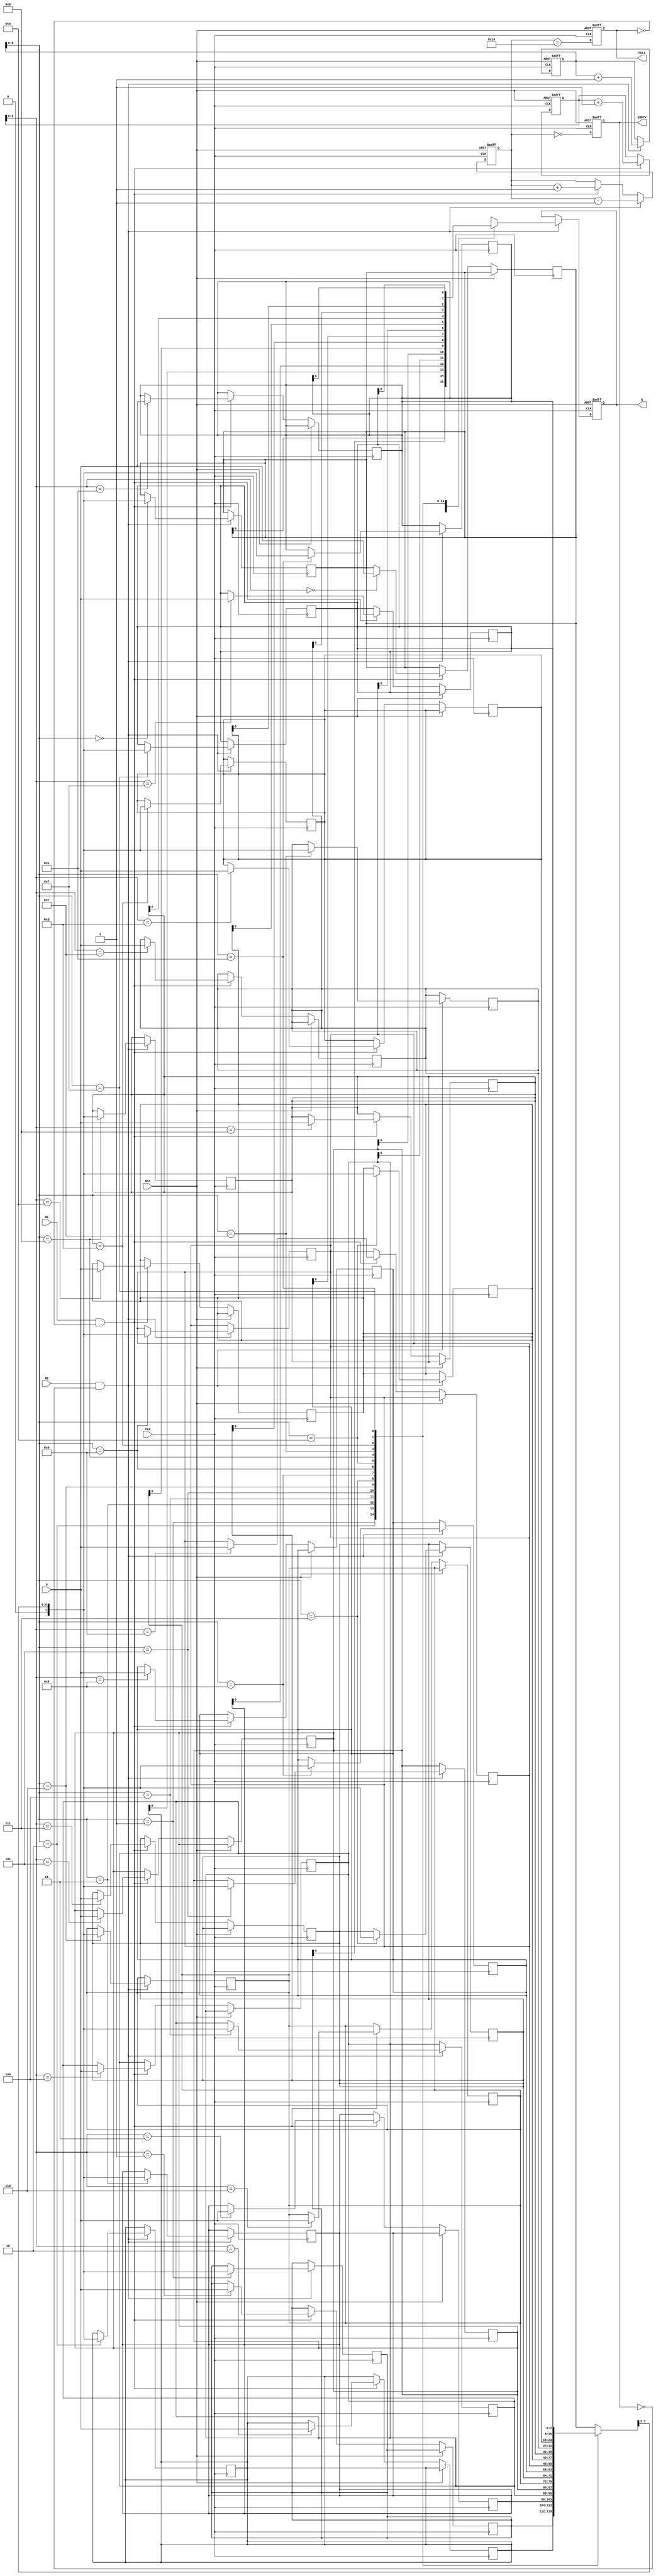
module FIFO_PISO #(
    parameter WIDTH = 8,   // Width of the parallel input bus
    parameter DEPTH = 16   // Number of storage locations in the FIFO (must be >= WIDTH)
)(
    input  wire                  CLK,        // Clock signal
    input  wire                  RST,        // Asynchronous reset
    input  wire [WIDTH-1:0]     D,          // Parallel data input
    input  wire                  WE,         // Write enable
    input  wire                  RE,         // Read enable
    output reg                   Q,          // Serial data output
    output reg                   EMPTY,      // Indicates FIFO is empty
    output reg                   FULL        // Indicates FIFO is full
);

    // Internal storage
    reg [WIDTH-1:0] fifo [0:DEPTH-1];
    reg [4:0] write_pointer;  // Pointer for writing data
    reg [4:0] read_pointer;   // Pointer for reading data
    reg [4:0] count;          // Current count of items in FIFO

    // Asynchronous reset
    always @(posedge CLK or posedge RST) begin
        if (RST) begin
            write_pointer <= 0;
            read_pointer <= 0;
            count <= 0;
            EMPTY <= 1;
            FULL <= 0;
            Q <= 0;
        end else begin
            // Write operation
            if (WE && !FULL) begin
                fifo[write_pointer] <= D;
                write_pointer <= write_pointer + 1;
                count <= count + 1;
            end
            
            // Update the FULL flag
            FULL <= (count == DEPTH);

            // Read operation
            if (RE && !EMPTY) begin
                Q <= fifo[read_pointer][0]; // Output the LSB of the current data word
                read_pointer <= read_pointer + 1;
                count <= count - 1;
            end

            // Update the EMPTY flag
            EMPTY <= (count == 0);
        end
    end
    
    // Aligning the serial output
    always @(posedge CLK) begin
        if (RE && !EMPTY) begin
            // Shift the register to output the next bit
            fifo[read_pointer] <= fifo[read_pointer] >> 1;
        end
    end

endmodule